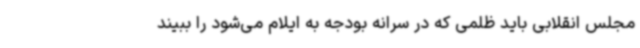
مجلس انقلابی باید ظلمی که در سرانه بودجه به ایلام می‌شود را ببیند